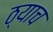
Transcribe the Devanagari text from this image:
ठ्याच